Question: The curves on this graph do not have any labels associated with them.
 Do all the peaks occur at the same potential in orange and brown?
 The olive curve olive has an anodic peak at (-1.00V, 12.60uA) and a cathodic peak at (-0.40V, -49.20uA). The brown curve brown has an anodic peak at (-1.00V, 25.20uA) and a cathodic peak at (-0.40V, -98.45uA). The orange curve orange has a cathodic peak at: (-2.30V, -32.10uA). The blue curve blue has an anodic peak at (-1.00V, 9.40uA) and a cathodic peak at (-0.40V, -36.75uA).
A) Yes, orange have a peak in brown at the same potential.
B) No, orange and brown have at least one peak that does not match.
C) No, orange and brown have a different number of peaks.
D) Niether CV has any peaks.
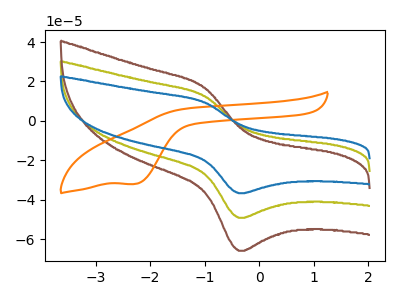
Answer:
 <answer>C) No, "orange" and "brown" have a different number of peaks.</answer>
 <eval>C</eval>